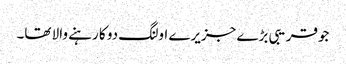
جوقریبی بڑے جزیرے اولنگ دو کا رہنے والا تھا۔